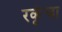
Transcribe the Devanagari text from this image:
रकृंचा